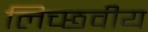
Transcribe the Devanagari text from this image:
लिच्छवीय